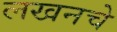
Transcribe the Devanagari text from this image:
लखनचे